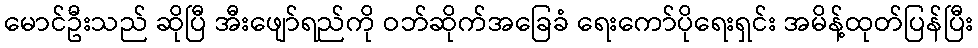
မောင်ဦးသည် ဆိုပြီ အီးဖျော်ရည်ကို ဝဘ်ဆိုက်အခြေခံ ရေးကော်ပိုရေးရှင်း အမိန့်ထုတ်ပြန်ပြီး